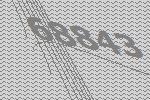
68843